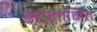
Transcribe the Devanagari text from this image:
सामानित